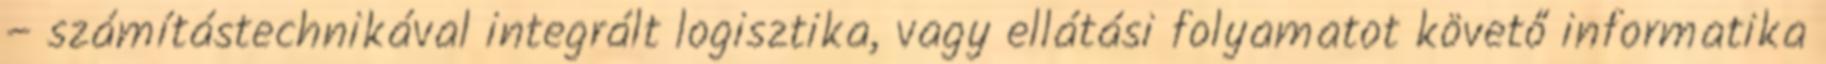
– számítástechnikával integrált logisztika, vagy ellátási folyamatot követő informatika